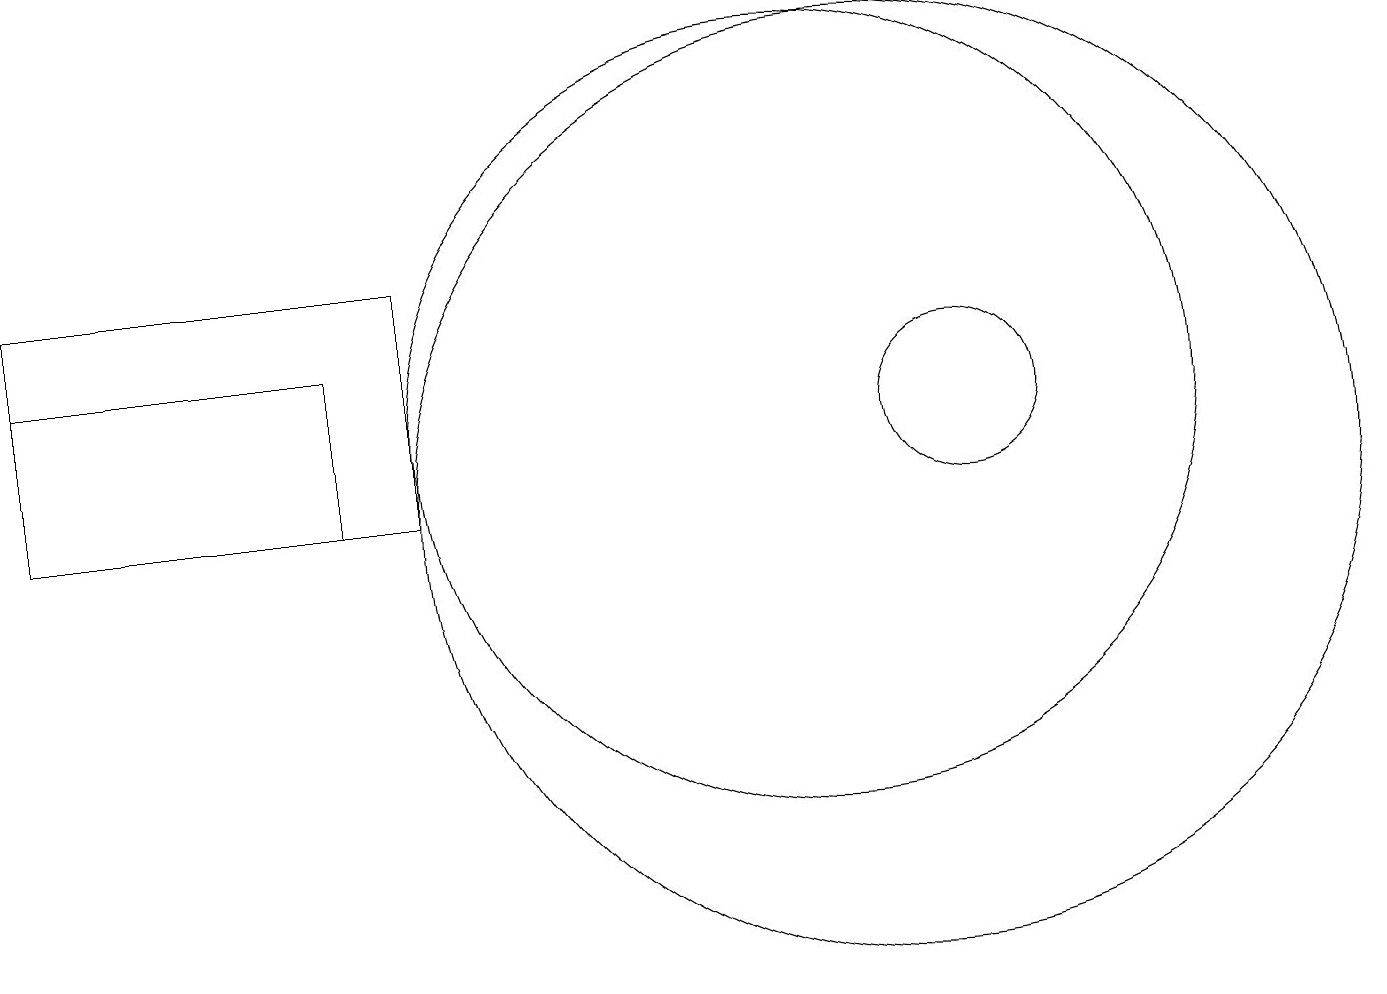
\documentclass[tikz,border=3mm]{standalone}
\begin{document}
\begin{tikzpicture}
\draw (12,11) circle (1);
\draw (10,11) circle (5);
\draw (4,10) rectangle (0,12);
\draw (11,10) circle (6);
\draw (5,10) rectangle (0,13);
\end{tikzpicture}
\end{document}